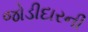
જોડીદારની